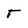
Character: T